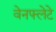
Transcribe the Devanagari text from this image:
वेनफ्लेटे